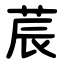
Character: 莀